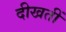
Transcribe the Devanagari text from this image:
दीखतीं